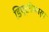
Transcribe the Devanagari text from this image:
डिप्टरोकार्प